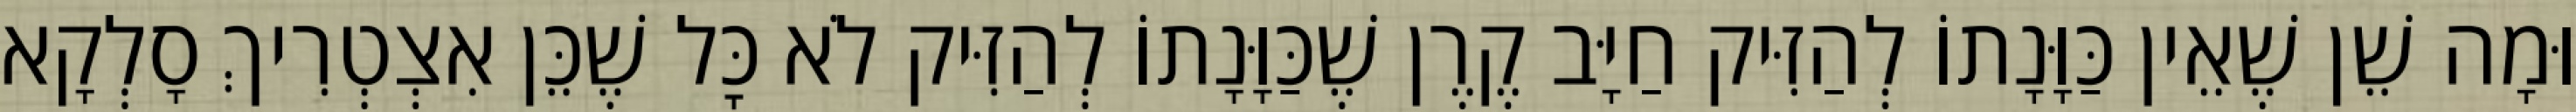
וּמָה שֵׁן שֶׁאֵין כַּוָּנָתוֹ לְהַזִּיק חַיָּב קֶרֶן שֶׁכַּוָּנָתוֹ לְהַזִּיק לֹא כׇּל שֶׁכֵּן אִצְטְרִיךְ סָלְקָא